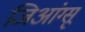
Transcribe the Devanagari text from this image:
जिआंग्सू